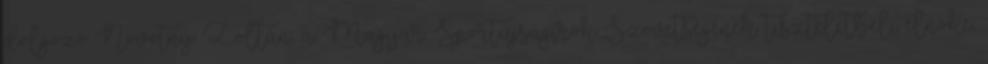
dolgozó Novotny Zoltán, a Magyar Sportújságírók Szövetségének tiszteletbeli elnöke,